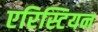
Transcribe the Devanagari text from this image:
एरिस्टियन